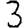
Digit: 3